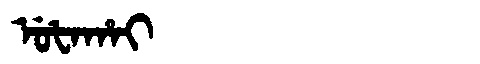
Manchu: ᡠᡶᠠᡥᠠᡳ
Romanization: UFAHAI